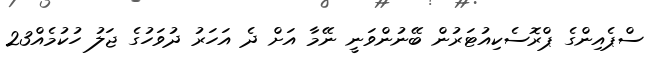
ސްޕެއިންގެ ޕްރޮސެކިއުޓަރުން ބޭނުންވަނީ ނޭމާ އަށް ދެ އަހަރު ދުވަހުގެ ޖަލު ހުކުމެއް23